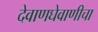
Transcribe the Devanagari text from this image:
देवाणघेवाणीचा